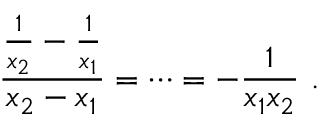
{ \frac { { \frac { 1 } { x _ { 2 } } } - { \frac { 1 } { x _ { 1 } } } } { x _ { 2 } - x _ { 1 } } } = \cdots = - { \frac { 1 } { x _ { 1 } x _ { 2 } } } \ .